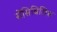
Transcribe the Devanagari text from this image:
सेंसिबिलिस